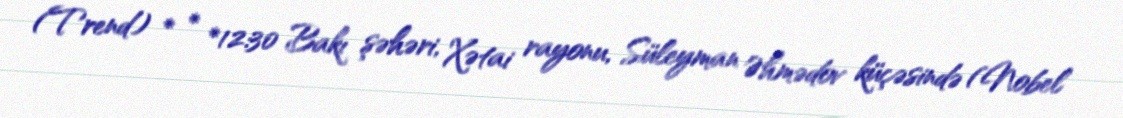
(Trend) * * *12:30 Bakı şəhəri, Xətai rayonu, Süleyman Əhmədov küçəsində (Nobel